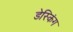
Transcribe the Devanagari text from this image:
डेस्किंग